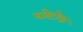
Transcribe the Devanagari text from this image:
घोटोक